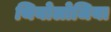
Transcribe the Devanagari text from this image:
थियोलोजिया